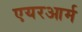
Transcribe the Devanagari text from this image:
एयरआर्म